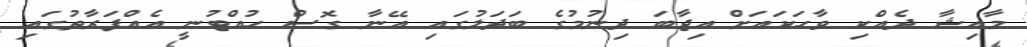
މާއިޝާ ދެއްކި ވާހަކައަށް އިޖާބަ ދިނުމުގެ ބަދަލުގައި އޭނާ ގޮސް ހުއްޓުނީ އެއްފަރާތުގައި